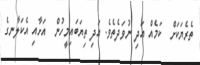
ތެރެޔަކަށް  ކަމެއް އަދި ނުވަދެތެވެ. އަދި ތިޔަބައިމީހުން  އަށާއި އެކަލާނގެ